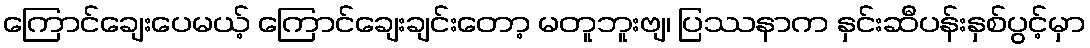
ကြောင်ချေးပေမယ့် ကြောင်ချေးချင်းတော့ မတူဘူးဗျ၊ ပြဿနာက နှင်းဆီပန်းနှစ်ပွင့်မှာ